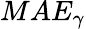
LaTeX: MAE_{\gamma}